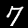
Label: 7